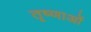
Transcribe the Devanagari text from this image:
तृष्णाओं